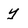
Character: y